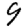
Digit: 9